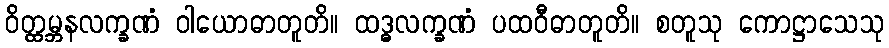
ဝိတ္ထမ္ဘနလက္ခဏံ ဝါယောဓာတူတိ။ ထဒ္ဓလက္ခဏံ ပထဝီဓာတူတိ။ စတူသု ကောဋ္ဌာသေသု